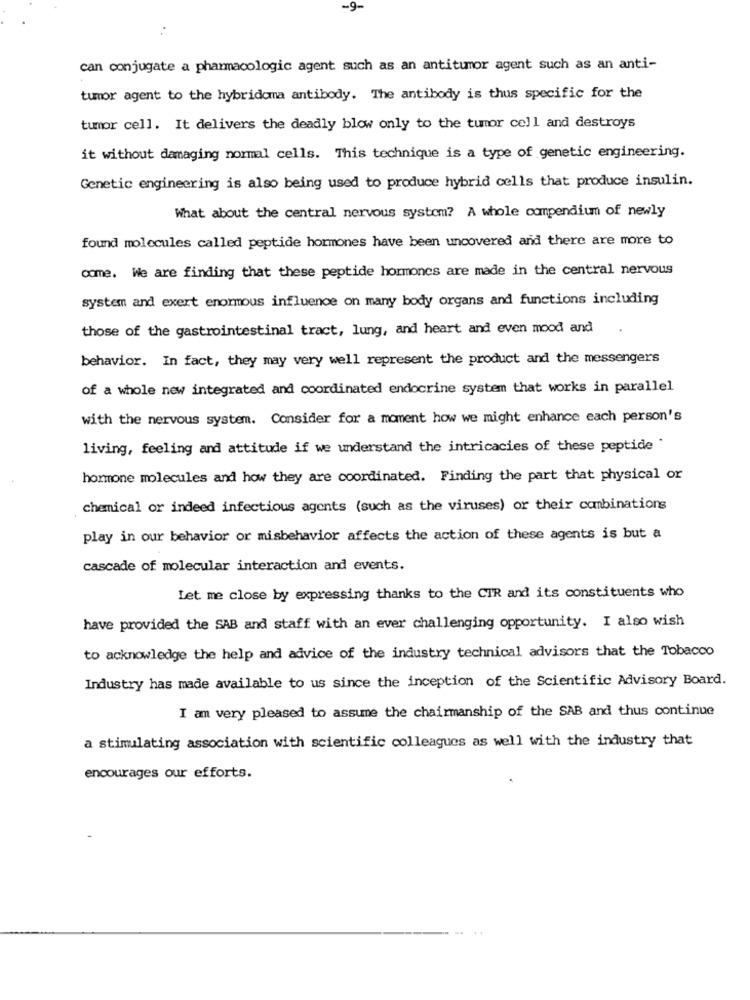
-9-
can conjugate a pharmacologic agent such as an antitumor agent such as an anti-
tumor agent to the hybridoma antibody. The antibody is thus specific for the
tumor cell. It delivers the deadly blow only to the tumor cell and destroys
it without damaging normal cells. This technique is a type of genetic engineering.
Genetic engineering is also being used to produce hybrid cells that produce insulin.
What about the central nervous system? A whole compendium of newly
found molecules called peptide hormones have been uncovered and there are more to
come. We are finding that these peptide hormones are made in the central nervous
system and exert enormous influence on many body organs and functions including
those of the gastrointestinal tract, lung, and heart and even mood and
behavior. In fact, they may very well represent the product and the messengers
of a whole new integrated and coordinated endocrine system that works in parallel
with the nervous system. Consider for a moment how we might enhance each person's
living, feeling and attitude if we understand the intricacies of these peptide "
hormone molecules and how they are coordinated. Finding the part that physical or
chemical or indeed infectious agents (such as the viruses) or their combinations
play in our behavior or misbehavior affects the action of these agents is but a
cascade of molecular interaction and events.
Let me close by expressing thanks to the CIR and its constituents who
have provided the SAB and staff with an ever challenging opportunity. I also wish
to acknowledge the help and advice of the industry technical advisors that the Tobacco
Industry has made available to us since the inception of the Scientific Advisory Board.
I am very pleased to assume the chairmanship of the SAB and thus continue
a stimulating association with scientific colleagues as well with the industry that
encourages our efforts.